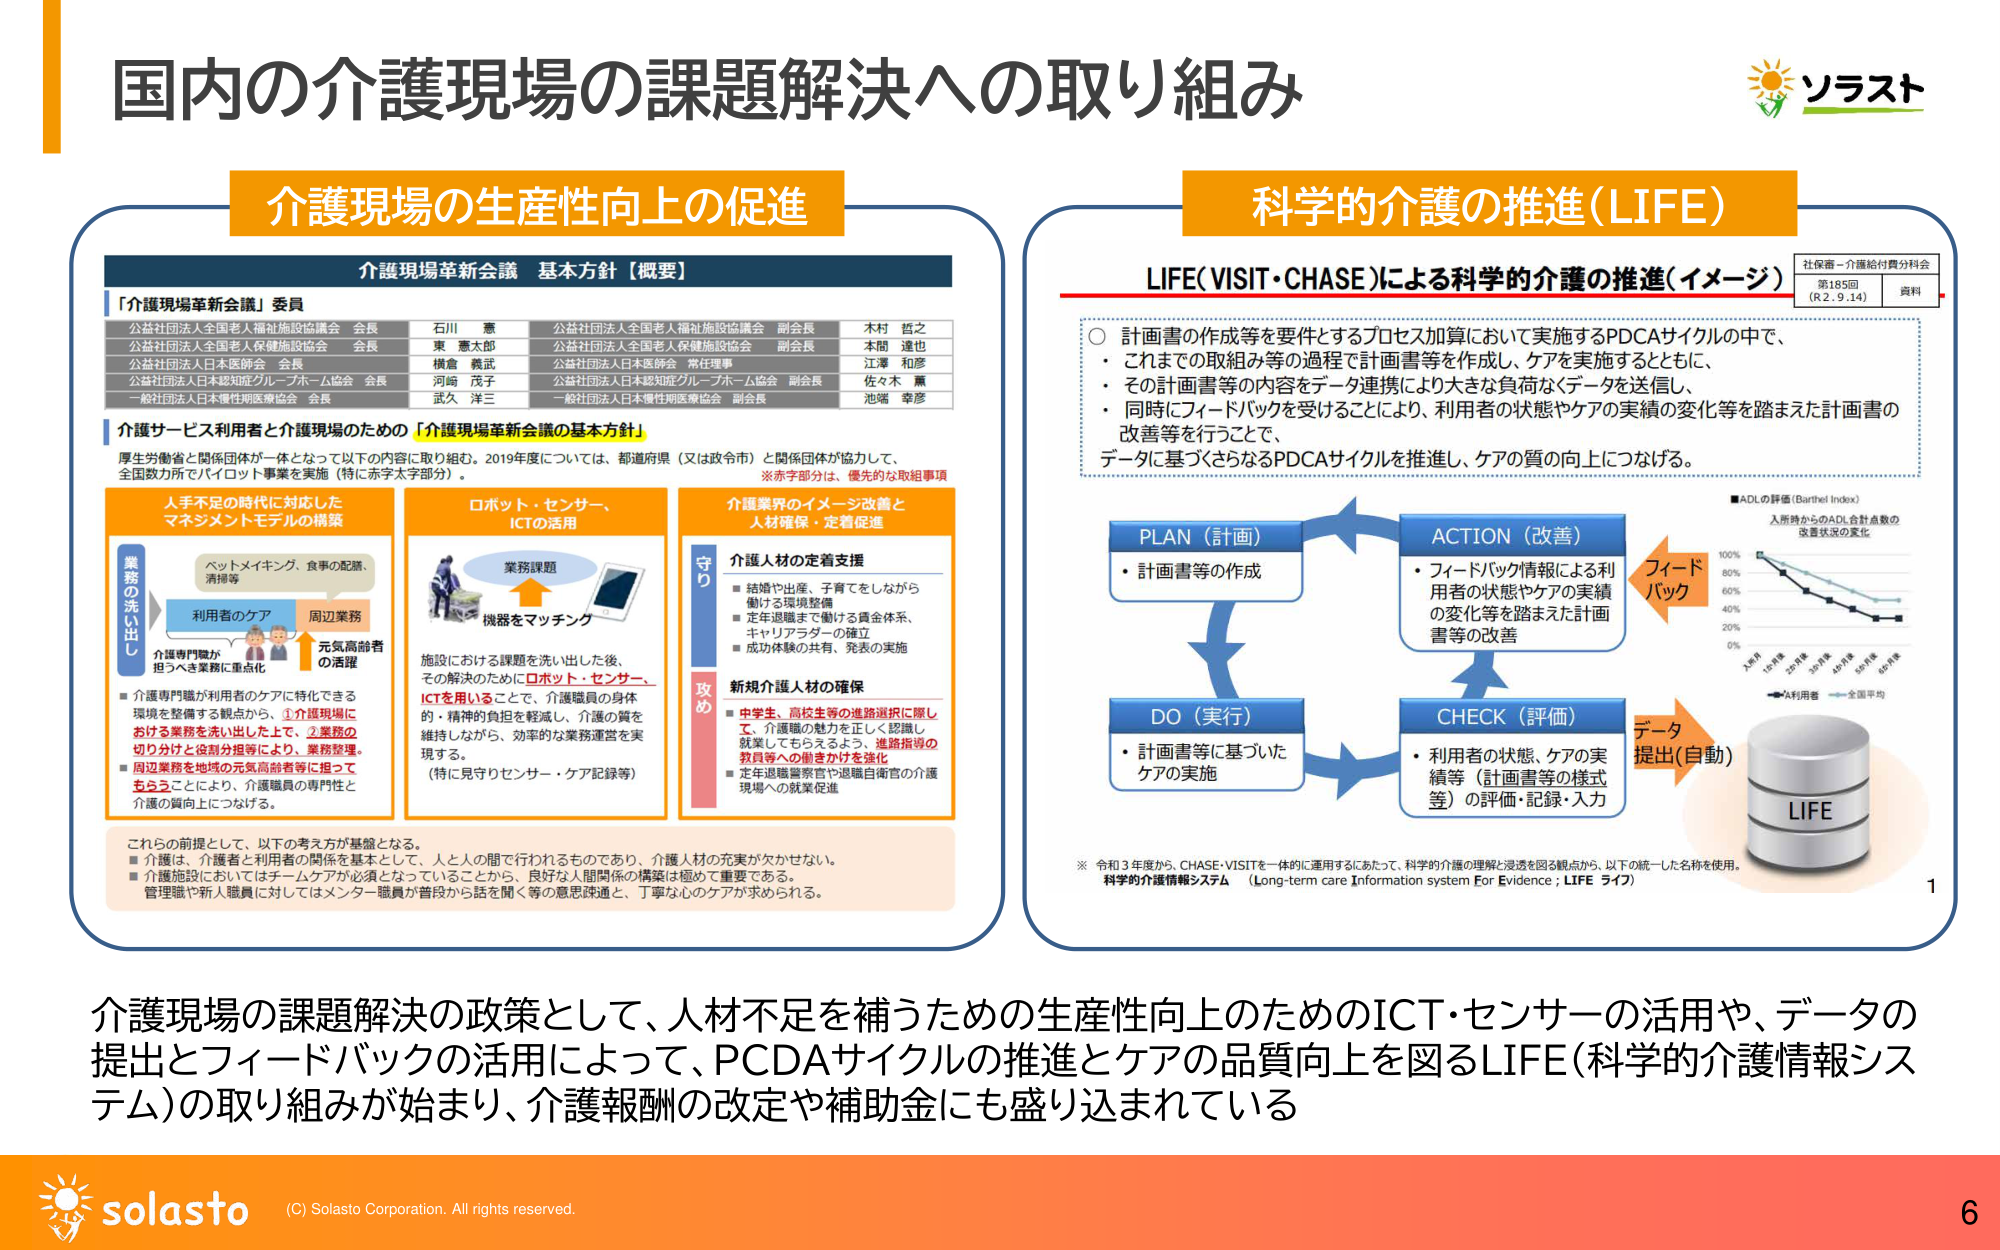
国内の介護現場の課題解決への取り組み

介護現場の生産性向上の促進

介護現場革新会議 基本方針【概要】

「介護現場革新会議」委員

公益社団法人全国老人福祉施設協議会 会長 石川 憲
公益社団法人全国老人保健施設協会 会長 東 憲太郎
公益社団法人日本医師会 会長 横倉 義武
公益社団法人日本認知症グループホーム協会 会長 河﨑 茂子
一般社団法人日本慢性期医療協会 会長 武久 洋三

公益社団法人全国老人福祉施設協議会 副会長 木村 哲之
公益社団法人全国老人保健施設協会 副会長 本間 進也
公益社団法人日本医師会 常任理事 江澤 和彦
公益社団法人日本認知症グループホーム協会 副会長 佐々木 廣
一般社団法人日本慢性期医療協会 副会長 池端 幸彦

介護サービス利用者と介護現場のための「介護現場革新会議の基本方針」

厚生労働省と関係団体が一体となって以下の内容に取り組む。2019年度については、都道府県（又は政令市）と関係団体が協力して、全国数カ所でパイロット事業を実施（特に赤字太字部分）。
※赤字部分は、優先的な取組事項

人手不足の時代に対応したマネジメントモデルの構築

業務の洗い出し
→ ベットメイキング、食事の配膳、清掃等
→ 利用者のケア
→ 周辺業務
→ 介護専門職が担うべき業務に重点化
→ 元気高齢者の活躍

■ 介護専門職が利用者のケアに特化できる環境を整備する観点から、①介護現場における業務を洗い出した上で、②業務の切り分けと役割分担を行うことにより、業務整理。
■ 周辺業務を地域の元気高齢者等に担ってもらうことにより、介護職員の専門性と介護の質向上につなげる。

ロボット・センサー、ICTの活用

業務課題
→ 機器をマッチング

施設における課題を洗い出した後、その解決のためにロボット・センサー、ICTを用いることで、介護職員の身体的・精神的負担を軽減し、介護の質を維持しながら、効率的な業務運営を実現する。
（特に見守りセンサー・ケア記録等）

介護業界のイメージ改善と人材確保・定着促進

守り
介護人材の定着支援
■ 結婚や出産、子育てをしながら働ける環境整備
■ 定年退職まで働ける賃金体系、キャリアアターナーの確立
■ 成功体験の共有、発表の実施

攻め
新規介護人材の確保
■ 中学生、高校生等の進路選択に際して、介護職の魅力を正しく認識し就業してもらえるよう、進路指導の教員等への働きかけを強化
■ 定年退職警察官や退職自衛官の介護現場への就業促進

これらの前提として、以下の考え方が基盤となる。
■ 介護は、介護者と利用者の関係を基本として、人と人の間で行われるものであり、介護人材の充実が欠かせない。
■ 介護施設においてはチームケアが必須となっていることから、良好な人間関係の構築は極めて重要である。
■ 管理職や新人職員に対してはメンター職員が普段から話を聞く等の意思疎通と、丁寧な心のケアが求められる。

科学的介護の推進（LIFE）

LIFE（VISIT・CHASE）による科学的介護の推進（イメージ）

○ 計画書の作成等を要件とするプロセス加算において実施するPDCAサイクルの中で、
・ それまでの取組み等の過程で計画書等を作成し、ケアを実施するとともに、
・ その計画書等の内容をデータ連携により大きな負荷なデータを送信し、
・ 同時にフィードバックを受けることにより、利用者の状態やケアの実績の変化等を踏まえた計画書の改善等を行うことで、
データに基づくさらなるPDCAサイクルを推進し、ケアの質の向上につなげる。

PLAN（計画）
・ 計画書等の作成

DO（実行）
・ 計画書等に基づいたケアの実施

ACTION（改善）
・ フィードバック情報による利用者の状態やケアの実績の変化等を踏まえた計画書等の改善

CHECK（評価）
・ 利用者の状態、ケアの実績等（計画書等の様式等）の評価・記録・入力

フィードバック
データ提出（自動）

■ADLの評価（Barthel Index）
入所時からのADL合計点数の改善状況の変化
100%
80%
60%
40%
20%
0%
入所時 1か月後 3か月後 6か月後 9か月後 12か月後
▲利用者 — 全国平均

LIFE

※ 令和3年度から、CHASE・VISITを一体的に運用するにあたって、科学的介護の理解と浸透を図る観点から、以下の統一した名称を使用。
科学的介護情報システム （Long-term care Information system For Evidence ; LIFE ライフ）

社保審－介護給付費分科会
第185回
（R2.9.14） 資料

介護現場の課題解決の政策として、人材不足を補うための生産性向上のためのICT・センサーの活用や、データの提出とフィードバックの活用によって、PCDAサイクルの推進とケアの品質向上を図るLIFE（科学的介護情報システム）の取り組みが始まり、介護報酬の改定や補助金にも盛り込まれている

ソラスト

solasto
(C) Solasto Corporation. All rights reserved.
6